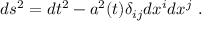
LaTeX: d s ^ { 2 } = d t ^ { 2 } - a ^ { 2 } ( t ) \delta _ { i j } d x ^ { i } d x ^ { j } ~ .